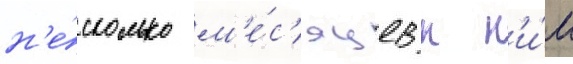
н'е́сколько м'е́с'яцев к н'и́м